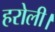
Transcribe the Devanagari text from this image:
हरोली।